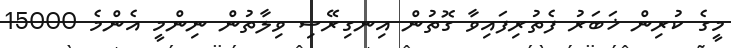
މީގެ ކުރިން ޚަބަރު ފެތުރިފައިވާ ގޮތުން އިނގިރޭސި ވިލާތުން ނިންމީ އެންމެ 15000